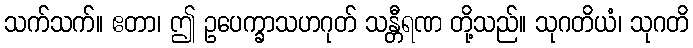
သက်သက်။ ဧတာ၊ ဤ ဥပေက္ခာသဟဂုတ် သန္တီရဏ တို့သည်။ သုဂတိယံ၊ သုဂတိ